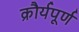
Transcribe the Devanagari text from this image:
क्रौर्यपूर्ण